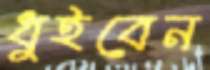
ধুইবেন